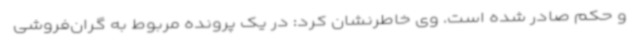
و حکم صادر شده است. وی خاطرنشان کرد: در یک پرونده مربوط به گران‌فروشی